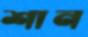
শান